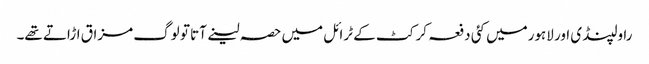
راولپنڈی اور لاہورمیں کئی دفعہ کرکٹ کے ٹرائل میں حصہ لینے آتا تو لوگ مزاق اڑاتے تھے۔